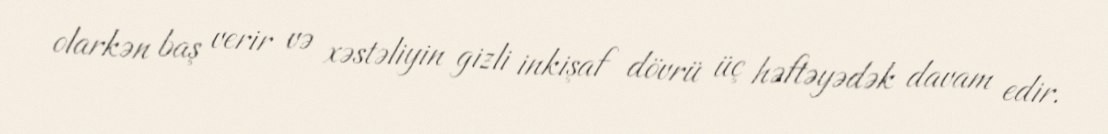
olarkən baş verir və xəstəliyin gizli inkişaf dövrü üç həftəyədək davam edir.